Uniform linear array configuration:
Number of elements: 12
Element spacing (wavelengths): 0.25
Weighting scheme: kaiser
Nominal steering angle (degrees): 0
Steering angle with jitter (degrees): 0.7755
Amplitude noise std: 0.05
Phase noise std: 0.05

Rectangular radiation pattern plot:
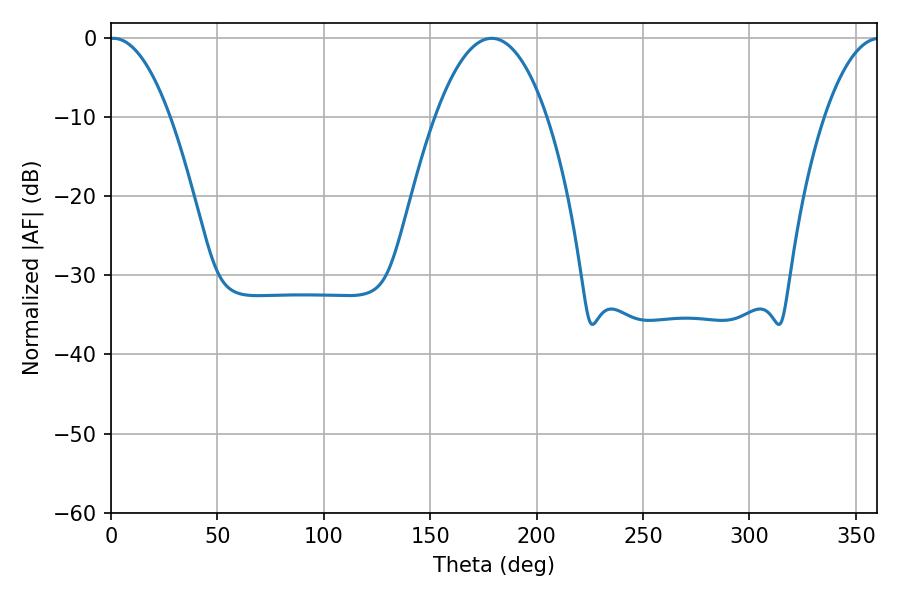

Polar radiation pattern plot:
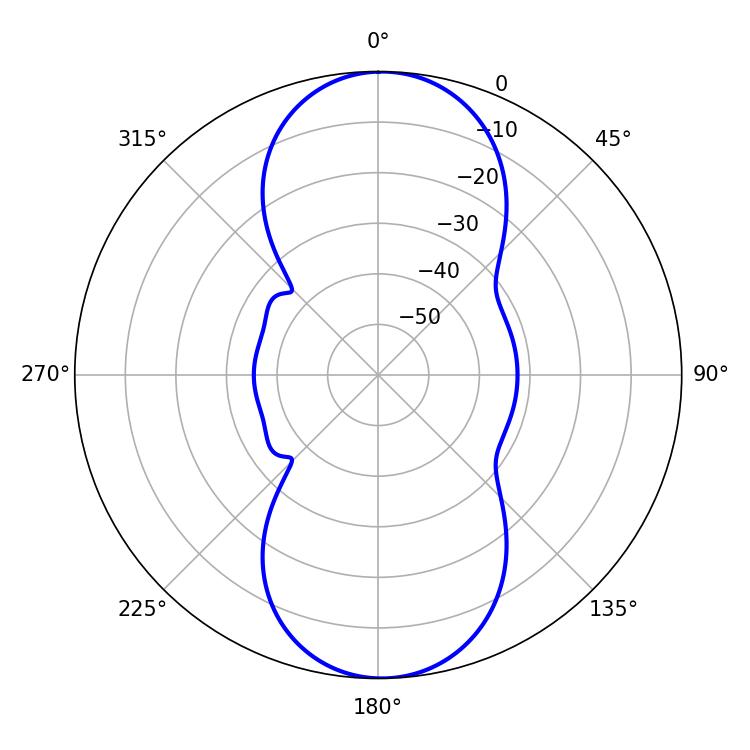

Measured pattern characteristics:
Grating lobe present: FALSE
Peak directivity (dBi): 18.867
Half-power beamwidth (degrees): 15.66
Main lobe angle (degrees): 1.08